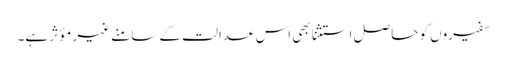
سفیروں کو حاصل استثنا بھی اس عدالت کے سامنے غیر مؤثر ہے۔